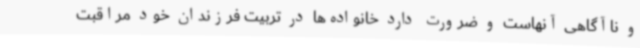
و ناآگاهی آنهاست و ضرورت دارد خانواده‌ها در تربیت فرزندان خود مراقبت